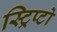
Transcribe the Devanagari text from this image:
स्ट्रिप्टो